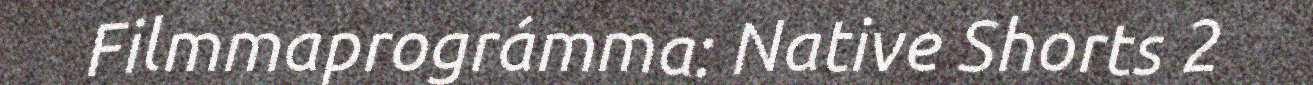
Filmmaprográmma: Native Shorts 2